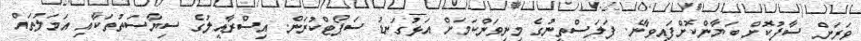
ވަރަށް ސާފުކޮށް ބަޔާންކޮށްފައިވާނެ. ފަލަސްތީނުގެ މިނިވަންކަމަށް އަޅުގަނޑު ސަޕޯޓްކުރަން. އިސްރާއީލުގެ ސިޔާސަތުތަކާއި އަމަލުތައް